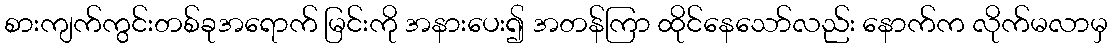
စားကျက်ကွင်းတစ်ခုအရောက် မြင်းကို အနားပေး၍ အတန်ကြာ ထိုင်နေသော်လည်း နောက်က လိုက်မလာမှ